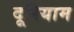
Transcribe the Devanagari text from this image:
दूरियाम